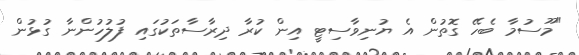
"މޫސުމާ ބެހޭ ގޮތުން އެ ޔުނިވާސިޓީ އިން ކުރާ ދިރާސާތަކުގައި ފުލުހުންނާ ގުޅުން